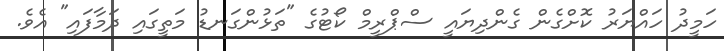
ހަމީދު ހައްޔަރު ކޮށްގެން ގެންދިޔައީ ސްޕްރީމް ކޯޓުގެ "ތަޅުންގަނޑު މަތީގައި ދަމާފައި" އެވެ.